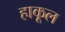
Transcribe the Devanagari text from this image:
हाकूल